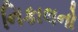
નિકાલનો